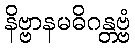
နိဗ္ဗာနမဓိဂန္တဗ္ဗံ